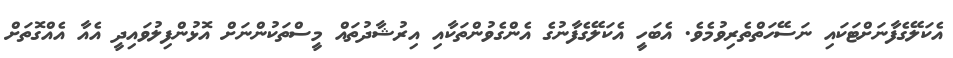
އެކަލޭގެފާނަށްޓަކައި ނަސޭހަތްތެރިވުމެވެ. އެބަހީ އެކަލޭގެފާނުގެ އެންގެވުންތަކާއި އިރުޝާދުތައް މީސްތަކުންނަށް އޮޅުންފިލުވައިދީ އެއާ އެއްގޮތަށް